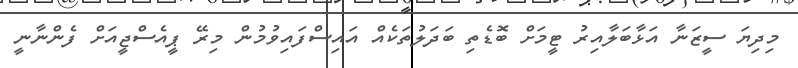
މިދިޔަ ސީޒަނާ އަޅާބަލާއިރު ޓީމަށް ބޮޑެތި ބަދަލުތަކެއް އައިސްފައިވުމުން މިރޭ ޕީއެސްޖީއަށް ފެންނާނީ